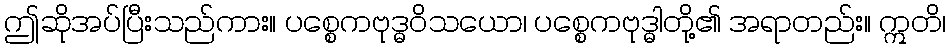
ဤဆိုအပ်ပြီးသည်ကား။ ပစ္စေကဗုဒ္ဓဝိသယော၊ ပစ္စေကဗုဒ္ဓါတို့၏ အရာတည်း။ ဣတိ၊